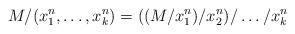
LaTeX: \begin{align*}M/(x_1^n, \dots, x_k^n) = ((M/x_1^n)/x_2^n)/\dots/x_k^n\end{align*}